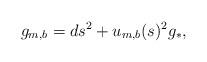
LaTeX: \begin{align*}g_{m,b}= ds^2 + u_{m,b}(s)^2 g_*,\end{align*}